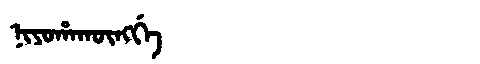
Manchu: ᠨᡳᠶᠣᡥᠠᡴᡡᠩᡤᡝ
Romanization: NIYOHAKŪNGGE